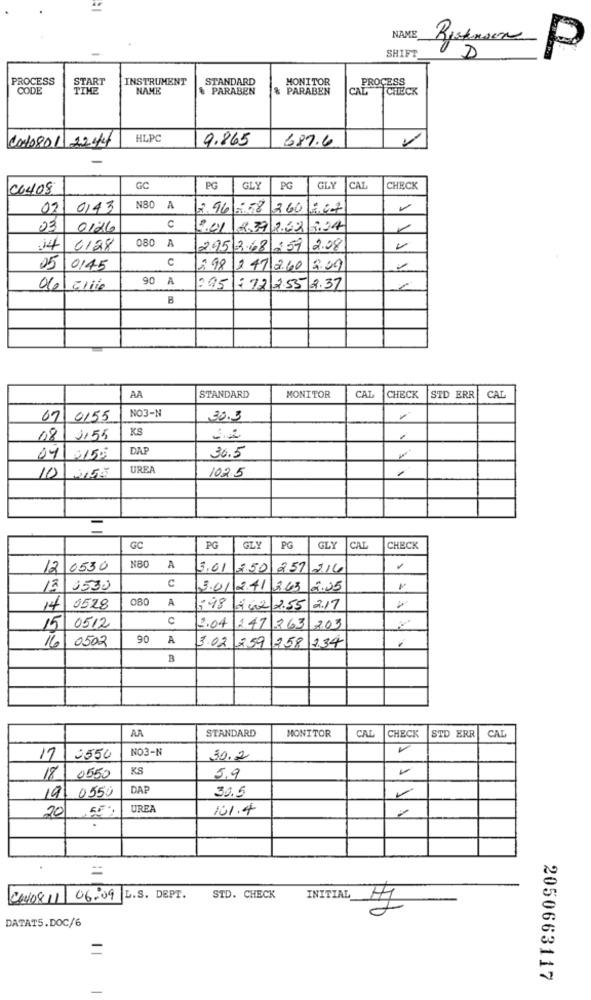
NAME
SHIFT
D
P
PROCESS
START
INSTRUMENT
STANDARD
MONITOR
PROCESS
CODE
TIME
NAME
& PARABEN
& PARABEN
CAL CHECK
Cado801 2244
HLPC
9.865
687.6
C6408
GC
PG
GLY
PG
GLY
CAL
CHECK
02
0143
N80 A
2.96 :58
260
03
0126
C
2.01
839 262 9.24
080 A
14
6128
295 3.68 259
2.08
C
05
0145
198
241 2.60
2.09
90 A
066\C/ile
225
: 72 255 2.37
B
AA
STANDARD
MONITOR
CAT
CHECK
STD ERR
CAL
NO3-N
67 0155
30.3
KS
08
1155
-2
DAP
36.5
04
UREA
1025
10
GC
PG
GLY
PG
GLY
CAL
CHECK
NB0
12 0530
A
3.01
250
257 2.16
C
12 3530
3.01 2.41 263
2.35
OBO
A
14 0528
:48
242 2.55 2.17
C
15/ 05/12
12.04
247 363
203
16 0502
90
A
3.02
234
759
258
B
AR
STANDARD
MONITOR
CAL
CHECK
STD ERR
CAL
NO3-N
17 0550
30.2
KS
18 0550
5.9
19: 0550
DAP
30.5
20
UREA
101.4
=
46408 11 06:09 L.S. DEPT.
STD. CHECK
INITIAL_
20
DATAT5.DOC/6
=
2050663117
-